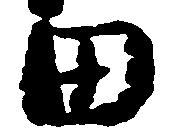
田